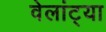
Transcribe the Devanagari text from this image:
वेलांट्या